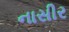
નાસીર